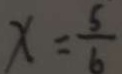
x = \frac { 5 } { 6 }